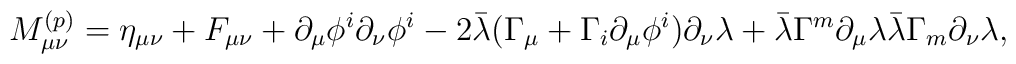
M_{\mu\nu}^{(p)} = \eta_{\mu\nu} + F_{\mu\nu} + \partial_\mu \phi^i\partial_\nu \phi^i - 2 \bar\lambda (\Gamma_\mu + \Gamma_i \partial_\mu \phi^i)\partial_\nu \lambda+ \bar\lambda \Gamma^m \partial_\mu \lambda \bar\lambda \Gamma_m \partial_\nu\lambda,